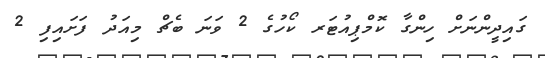
ގައިދީންނަށް ހިންގާ ކޮމްޕިއުޓަރ ކޯހުގެ 2 ވަނަ ބެޗް މިއަދު ފަށައިފި 2